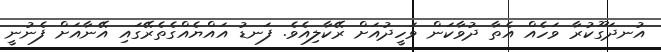
އުނދަގޫކުރާ ވަހެއް އެތާ ދުވާކަން ވަހީދުއަށް ރޭކާލިއެވެ. ފަނޑު އައްޔެއްގެތެރޭގައި އޭނާއަށް ފެނުނީ